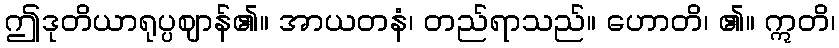
ဤဒုတိယာရုပ္ပဈာန်၏။ အာယတနံ၊ တည်ရာသည်။ ဟောတိ၊ ၏။ ဣတိ၊